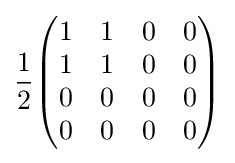
{1 \over 2}{\begin{pmatrix}1&1&0&0\\1&1&0&0\\0&0&0&0\\0&0&0&0\end{pmatrix}}